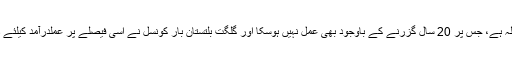
1999ء میں مشہور زمانہ وہاب الخیری کیس میں سپریم کورٹ کا اپنا فیصلہ ہے، جس پر 20 سال گزرنے کے باوجود بھی عمل نہیں ہوسکا اور گلگت بلتستان بار کونسل نے اسی فیصلے پر عملدرآمد کیلئے درخواست دائر کر رکھی ہے اور یہ سپریم کورٹ میں زیرسماعت بھی ہے۔